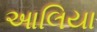
આલિયા